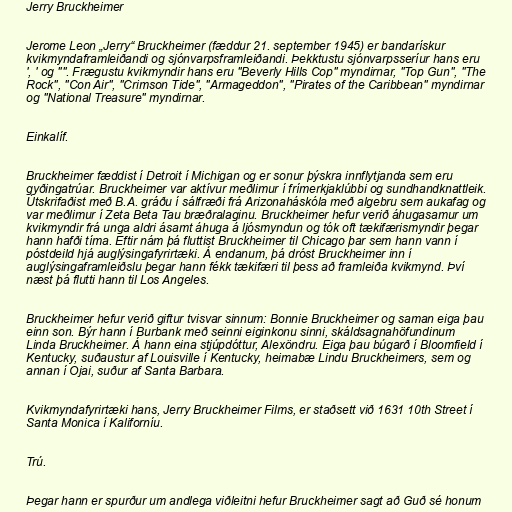
Jerry Bruckheimer

Jerome Leon „Jerry“ Bruckheimer (fæddur 21. september 1945) er bandarískur
kvikmyndaframleiðandi og sjónvarpsframleiðandi. Þekktustu sjónvarpsseríur hans eru
', ' og "". Frægustu kvikmyndir hans eru "Beverly Hills Cop" myndirnar, "Top Gun", "The
Rock", "Con Air", "Crimson Tide", "Armageddon", "Pirates of the Caribbean" myndirnar
og "National Treasure" myndirnar.

Einkalíf.

Bruckheimer fæddist í Detroit í Michigan og er sonur þýskra innflytjanda sem eru
gyðingatrúar. Bruckheimer var aktívur meðlimur í frímerkjaklúbbi og sundhandknattleik.
Útskrifaðist með B.A. gráðu í sálfræði frá Arizonaháskóla með algebru sem aukafag og
var meðlimur í Zeta Beta Tau bræðralaginu. Bruckheimer hefur verið áhugasamur um
kvikmyndir frá unga aldri ásamt áhuga á ljósmyndun og tók oft tækifærismyndir þegar
hann hafði tíma. Eftir nám þá fluttist Bruckheimer til Chicago þar sem hann vann í
póstdeild hjá auglýsingafyrirtæki. Á endanum, þá dróst Bruckheimer inn í
auglýsingaframleiðslu þegar hann fékk tækifæri til þess að framleiða kvikmynd. Því
næst þá flutti hann til Los Angeles.

Bruckheimer hefur verið giftur tvisvar sinnum: Bonnie Bruckheimer og saman eiga þau
einn son. Býr hann í Burbank með seinni eiginkonu sinni, skáldsagnahöfundinum
Linda Bruckheimer. Á hann eina stjúpdóttur, Alexöndru. Eiga þau búgarð í Bloomfield í
Kentucky, suðaustur af Louisville í Kentucky, heimabæ Lindu Bruckheimers, sem og
annan í Ojai, suður af Santa Barbara.

Kvikmyndafyrirtæki hans, Jerry Bruckheimer Films, er staðsett við 1631 10th Street í
Santa Monica í Kaliforníu.

Trú.

Þegar hann er spurður um andlega viðleitni hefur Bruckheimer sagt að Guð sé honum